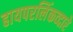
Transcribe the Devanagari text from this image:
हायपरलिंकव्दारे